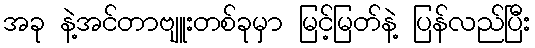
အခု နဲ့အင်တာဗျူးတစ်ခုမှာ မြင့်မြတ်နဲ့ ပြန်လည်ပြီး